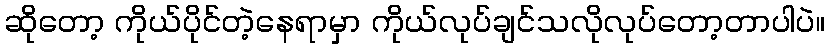
ဆိုတော့ ကိုယ်ပိုင်တဲ့နေရာမှာ ကိုယ်လုပ်ချင်သလိုလုပ်တော့တာပါပဲ။